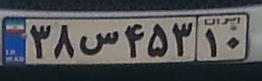
۳۸س۴۵۳۱۰